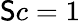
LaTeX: \mathsf{S}c=1